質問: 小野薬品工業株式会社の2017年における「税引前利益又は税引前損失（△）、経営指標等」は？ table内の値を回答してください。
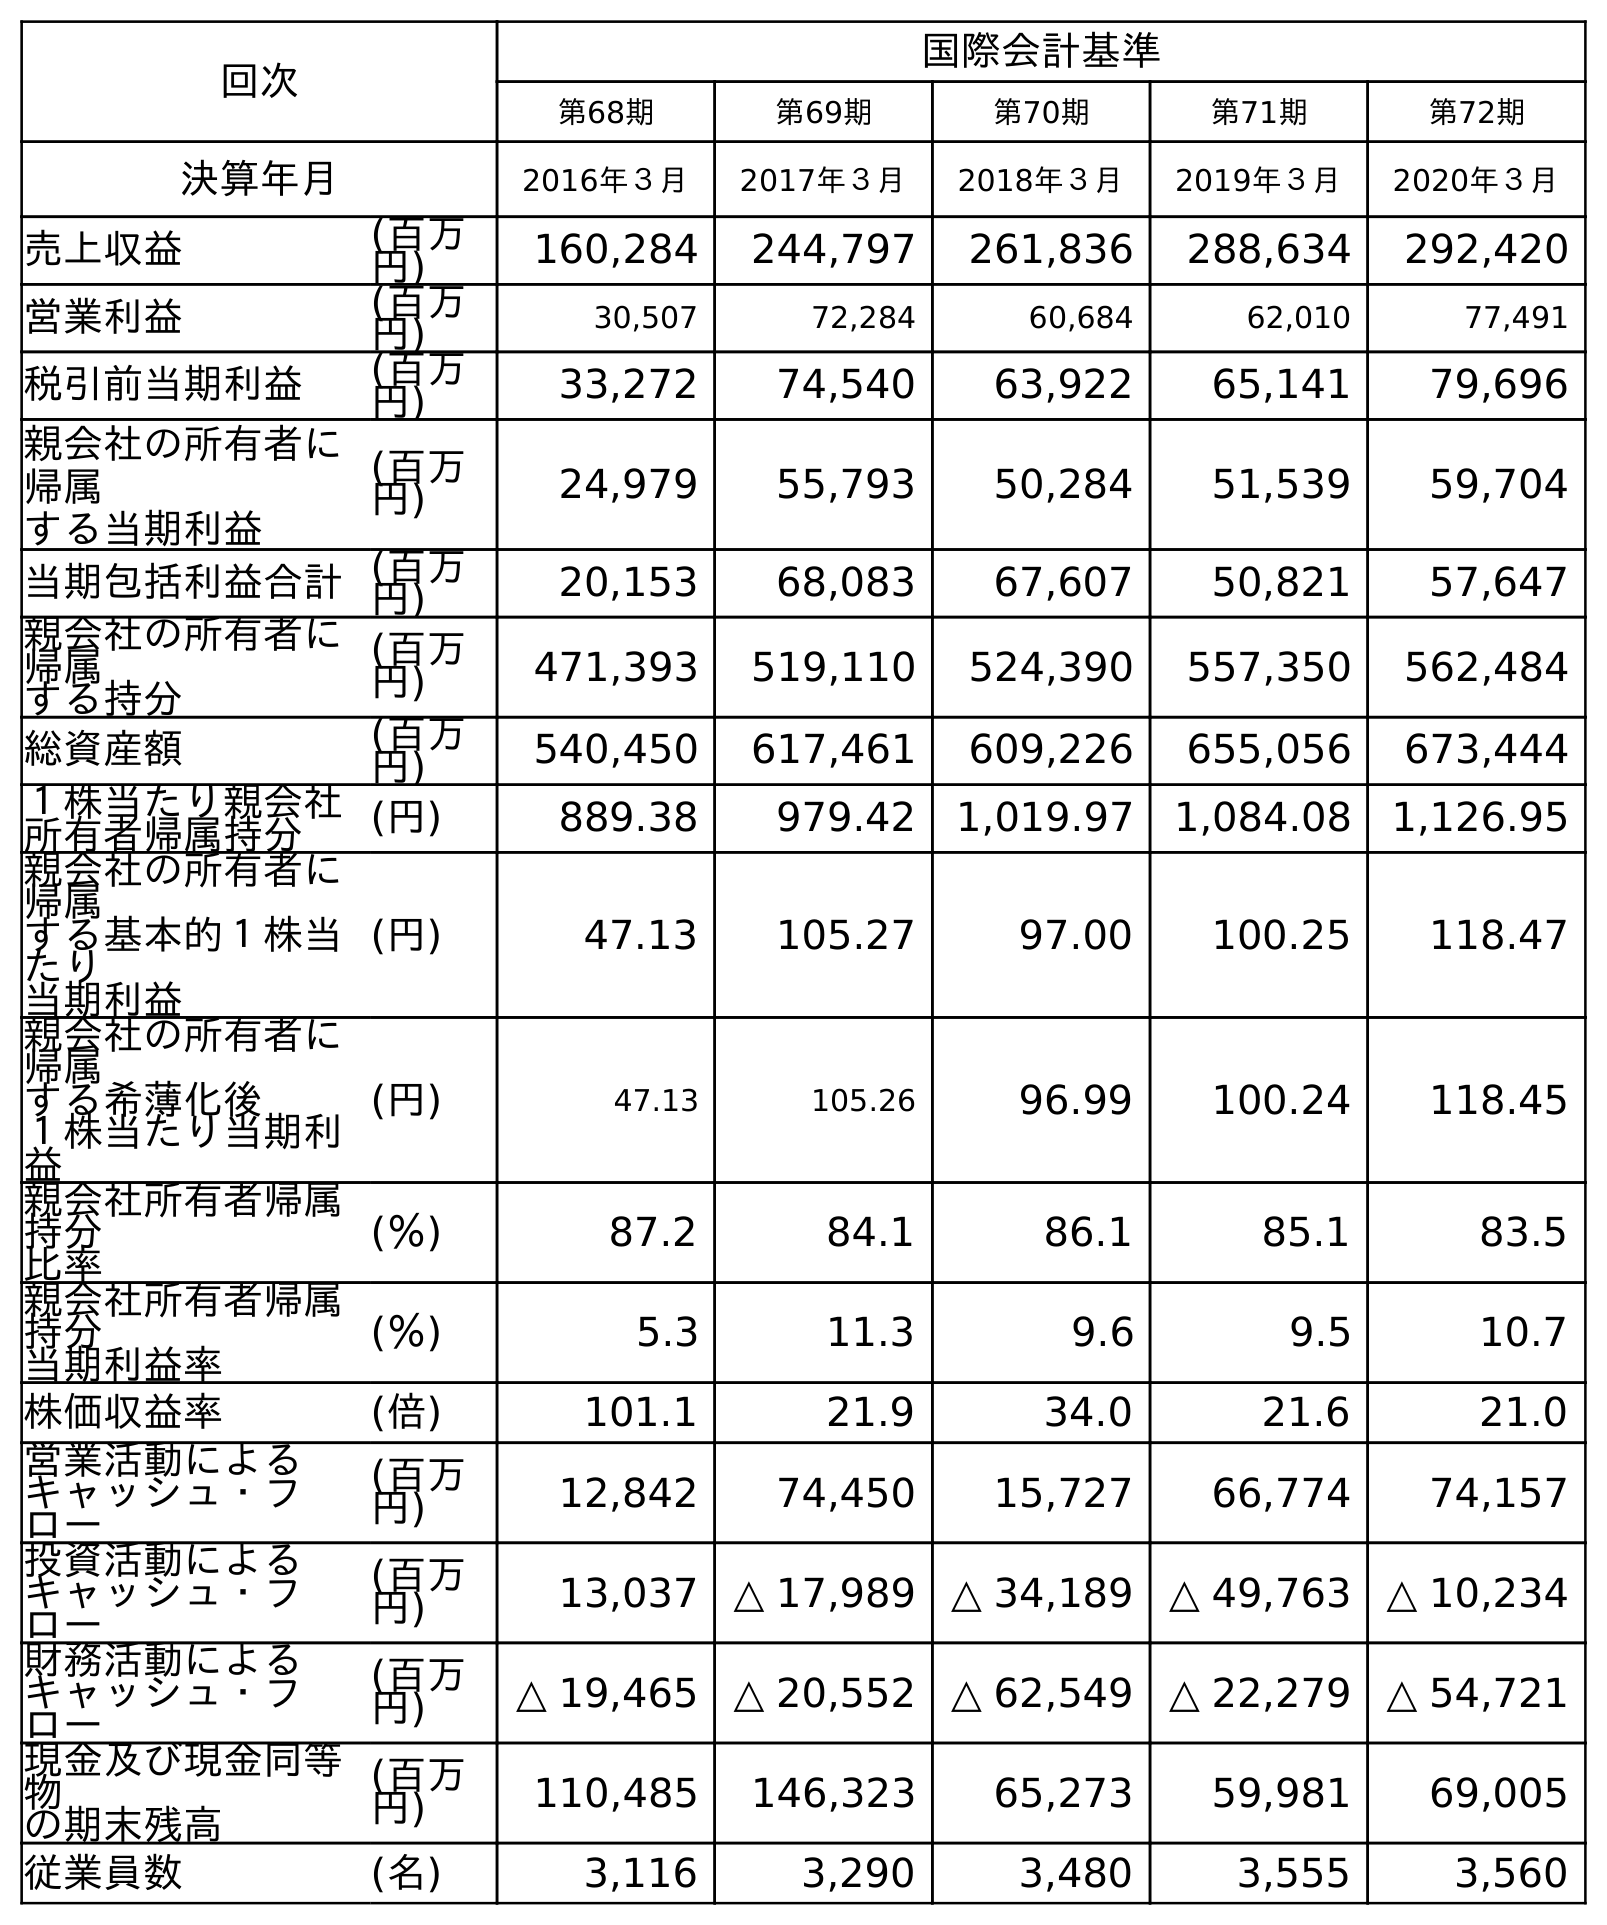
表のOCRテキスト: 回次 国際会計基準 第68期 第69期 第70期 第71期 第72期 決算年月 2016年３月 2017年３月 2018年３月 2019年３月 2020年３月 売上収益 (百万 円) 160,284 244,797 261,836 288,634 292,420 営業利益 (百万 円) 30,507 72,284 60,684 62,010 77,491 税引前当期利益 (百万 円) 33,272 74,540 63,922 65,141 79,696 親会社の所有者に 帰属 する当期利益 (百万 円) 24,979 55,793 50,284 51,539 59,704 当期包括利益合計(百万 円) 20,153 68,083 67,607 50,821 57,647 親会社の所有者に 帰属 する持分 (百万 円) 471,393 519,110 524,390 557,350 562,484 総資産額 (百万 円) 540,450 617,461 609,226 655,056 673,444 １株当たり親会社 所有者帰属持分 (円) 889.38 979.42 1,019.97 1,084.08 1,126.95 親会社の所有者に 帰属 する基本的１株当 たり 当期利益 (円) 47.13 105.27 97.00 100.25 118.47 親会社の所有者に 帰属 する希薄化後 １株当たり当期利 益 (円) 47.13 105.26 96.99 100.24 118.45 親会社所有者帰属 持分 比率 (％) 87.2 84.1 86.1 85.1 83.5 親会社所有者帰属 持分 当期利益率 (％) 5.3 11.3 9.6 9.5 10.7 株価収益率 (倍) 101.1 21.9 34.0 21.6 21.0 営業活動による キャッシュ・フ ロー (百万 円) 12,842 74,450 15,727 66,774 74,157 投資活動による キャッシュ・フ ロー (百万 円) 13,037 △ 17,989 △ 34,189 △ 49,763 △ 10,234 財務活動による キャッシュ・フ ロー (百万 円) △ 19,465 △ 20,552 △ 62,549 △ 22,279 △ 54,721 現金及び現金同等 物 の期末残高 (百万 円) 110,485 146,323 65,273 59,981 69,005 従業員数 (名) 3,116 3,290 3,480 3,555 3,560
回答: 74,540